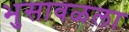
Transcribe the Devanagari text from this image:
भुसावळला